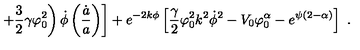
\ \ \left. \left. + \frac { 3 } { 2 } \gamma \varphi _ { 0 } ^ { 2 } \right) \dot { \phi } \left( \frac { \dot { a } } { a } \right) \right] + e ^ { - 2 k \phi } \left[ \frac { \gamma } { 2 } \varphi _ { 0 } ^ { 2 } k ^ { 2 } \dot { \phi } ^ { 2 } - V _ { 0 } \varphi _ { 0 } ^ { \alpha } - e ^ { \psi ( 2 - \alpha ) } \right] \ .